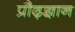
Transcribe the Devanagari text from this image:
प्रौढ़ज्ञान